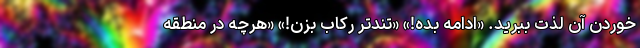
خوردن آن لذت ببرید. «ادامه بده!» «تندتر رکاب بزن!» «هرچه در منطقه